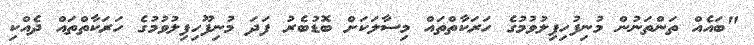
"ބައެއް ތަންތަނުން މުނިފުހިފިލުވުމުގެ ހަރަކާތްތައް މިސާލަކަށް ބޮޑުބެރު ފަދަ މުނިފޫހިފިލުވުމުގެ ހަރަކާތްތައް ދެއްކި